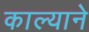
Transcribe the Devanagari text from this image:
काल्याने